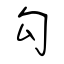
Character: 勾